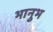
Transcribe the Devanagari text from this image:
भानुभ